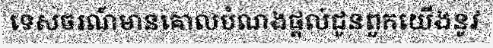
ទេសចរណ៍មានគោលបំណងផ្តល់ជូនពួកយើងនូវ